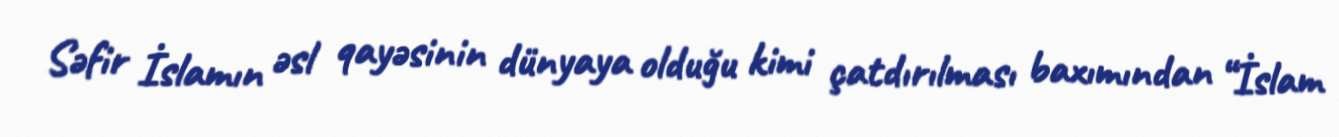
Səfir İslamın əsl qayəsinin dünyaya olduğu kimi çatdırılması baxımından “İslam